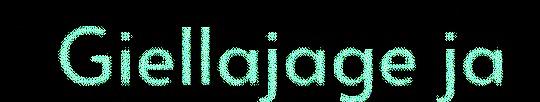
Giellajage ja